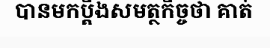
បានមកប្តឹងសមត្ថកិច្ចថា គាត់